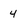
Character: 4